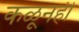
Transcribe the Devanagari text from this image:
कळूनही